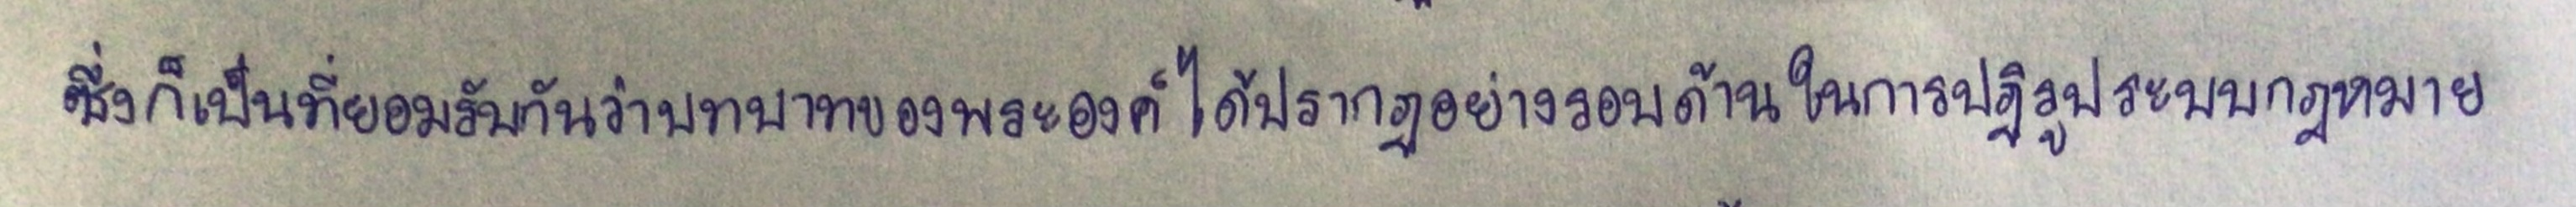
ซึ่งก็เป็นที่ยอมรับกันว่าบทบาทของพระองค์ได้ปรากฏอย่างรอบด้านในการปฏิรูประบบกฎหมาย